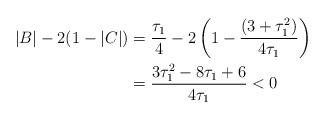
LaTeX: \begin{align*}|B|-2(1-|C|)&=\frac{\tau_{1}}{4} -2\left(1-\frac{(3+\tau^2_{1})} {4\tau_{1}}\right)\\&=\frac{3\tau^2_{1} -8\tau_{1} +6}{4\tau_{1}}< 0\end{align*}